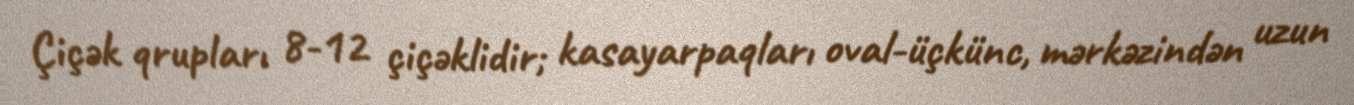
Çiçək qrupları 8-12 çiçəklidir; kasayarpaqları oval-üçkünc, mərkəzindən uzun